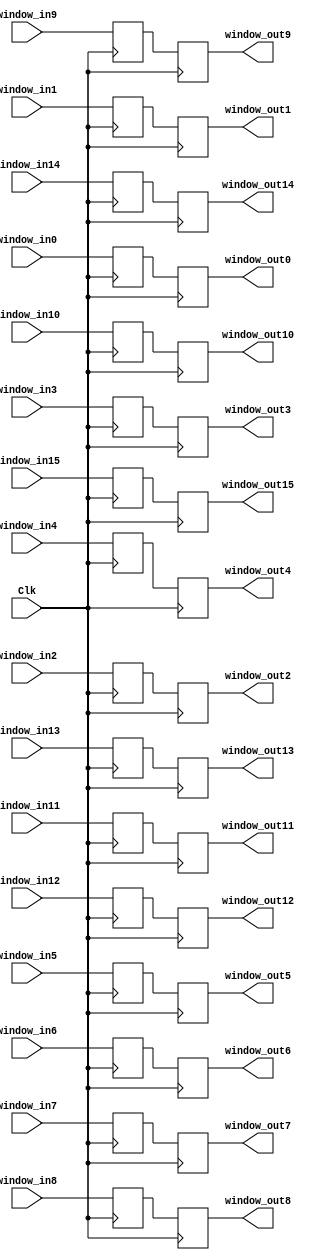
`timescale 1ns / 1ps
//////////////////////////////////////////////////////////////////////////////////
// Company: 
// Engineer: 
// 
// Design Name: 
// Module Name: windowsub
// Project Name: 
// Target Devices: 
// Tool Versions: 
// Description: 
// 
// Dependencies: 
// 
// Revision:
// Revision 0.01 - File Created
// Additional Comments:
// 
//////////////////////////////////////////////////////////////////////////////////


module windowsub#
    (parameter DATA_WIDTH = 16)
    (
    input Clk,
    
    input [DATA_WIDTH-1:0] window_in0,
    input [DATA_WIDTH-1:0] window_in1,
    input [DATA_WIDTH-1:0] window_in2,
    input [DATA_WIDTH-1:0] window_in3,
    input [DATA_WIDTH-1:0] window_in4,
    input [DATA_WIDTH-1:0] window_in5,
    input [DATA_WIDTH-1:0] window_in6,
    input [DATA_WIDTH-1:0] window_in7,
    input [DATA_WIDTH-1:0] window_in8,
    input [DATA_WIDTH-1:0] window_in9,
    input [DATA_WIDTH-1:0] window_in10,
    input [DATA_WIDTH-1:0] window_in11,
    input [DATA_WIDTH-1:0] window_in12,
    input [DATA_WIDTH-1:0] window_in13,
    input [DATA_WIDTH-1:0] window_in14,
    input [DATA_WIDTH-1:0] window_in15,
    
    output reg [DATA_WIDTH-1:0] window_out0,
    output reg [DATA_WIDTH-1:0] window_out1,
    output reg [DATA_WIDTH-1:0] window_out2,
    output reg [DATA_WIDTH-1:0] window_out3,
    output reg [DATA_WIDTH-1:0] window_out4,
    output reg [DATA_WIDTH-1:0] window_out5,
    output reg [DATA_WIDTH-1:0] window_out6,
    output reg [DATA_WIDTH-1:0] window_out7,
    output reg [DATA_WIDTH-1:0] window_out8,
    output reg [DATA_WIDTH-1:0] window_out9,
    output reg [DATA_WIDTH-1:0] window_out10,
    output reg [DATA_WIDTH-1:0] window_out11,
    output reg [DATA_WIDTH-1:0] window_out12,
    output reg [DATA_WIDTH-1:0] window_out13,
    output reg [DATA_WIDTH-1:0] window_out14,
    output reg [DATA_WIDTH-1:0] window_out15
    );
    
    // Intermediate registers
    reg [DATA_WIDTH-1:0] window_reg0;
    reg [DATA_WIDTH-1:0] window_reg1;
    reg [DATA_WIDTH-1:0] window_reg2;
    reg [DATA_WIDTH-1:0] window_reg3;
    reg [DATA_WIDTH-1:0] window_reg4;
    reg [DATA_WIDTH-1:0] window_reg5;
    reg [DATA_WIDTH-1:0] window_reg6;
    reg [DATA_WIDTH-1:0] window_reg7;
    reg [DATA_WIDTH-1:0] window_reg8;
    reg [DATA_WIDTH-1:0] window_reg9;
    reg [DATA_WIDTH-1:0] window_reg10;
    reg [DATA_WIDTH-1:0] window_reg11;
    reg [DATA_WIDTH-1:0] window_reg12;
    reg [DATA_WIDTH-1:0] window_reg13;
    reg [DATA_WIDTH-1:0] window_reg14;
    reg [DATA_WIDTH-1:0] window_reg15;

    // Capture inputs on positive edge of clock
    always @(posedge Clk) begin
        window_reg0 <= window_in0;
        window_reg1 <= window_in1;
        window_reg2 <= window_in2;
        window_reg3 <= window_in3;
        window_reg4 <= window_in4;
        window_reg5 <= window_in5;
        window_reg6 <= window_in6;
        window_reg7 <= window_in7;
        window_reg8 <= window_in8;
        window_reg9 <= window_in9;
        window_reg10 <= window_in10;
        window_reg11 <= window_in11;
        window_reg12 <= window_in12;
        window_reg13 <= window_in13;
        window_reg14 <= window_in14;
        window_reg15 <= window_in15;
    end

    // Transfer to outputs on negative edge of clock
    always @(negedge Clk) begin
        window_out0 <= window_reg0;
        window_out1 <= window_reg1;
        window_out2 <= window_reg2;
        window_out3 <= window_reg3;
        window_out4 <= window_reg4;
        window_out5 <= window_reg5;
        window_out6 <= window_reg6;
        window_out7 <= window_reg7;
        window_out8 <= window_reg8;
        window_out9 <= window_reg9;
        window_out10 <= window_reg10;
        window_out11 <= window_reg11;
        window_out12 <= window_reg12;
        window_out13 <= window_reg13;
        window_out14 <= window_reg14;
        window_out15 <= window_reg15;
    end
    
    
endmodule